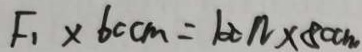
F _ { 1 } \times 6 0 c m = 1 0 0 n \times 8 0 c m